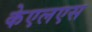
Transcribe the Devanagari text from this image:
केएलएस